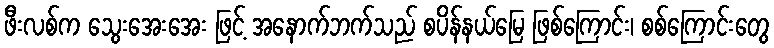
ဖီးလစ်က သွေးအေးအေး ဖြင့် အနောက်ဘက်သည် စပိန်နယ်မြေ ဖြစ်ကြောင်း၊ စစ်ကြောင်းတွေ